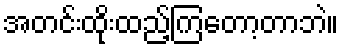
အတင်းထိုးထည့်ကြတော့တာဘဲ။